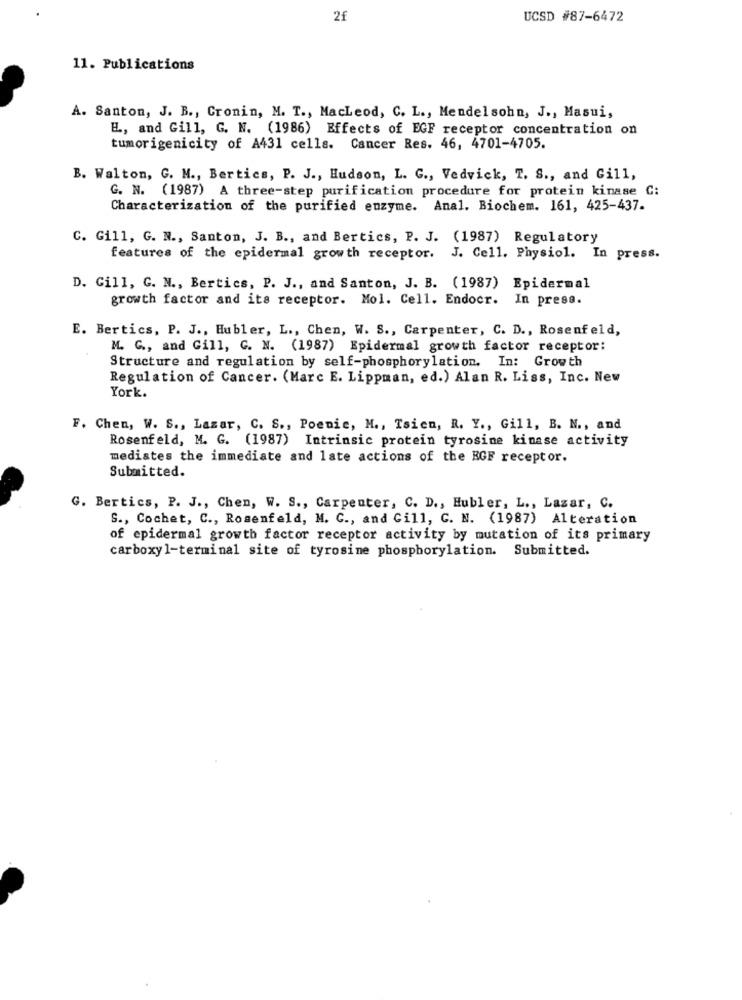
2f
UCSD #87-6472
11. Publications
A. Santon, J. B ., Cronin, M. T ., Macleod, C. L ., Mendelsohn, J ., Masui,
E, and Gill, G. N. (1986) Effects of EGF receptor concentration on
tumorigenicity of A431 cells. Cancer Res. 46, 4701-4705.
B. Walton, G. M ., Bertics, P. J ., Hudson, L. G ., Vedvick, T. S ., and Gill,
G. N. (1987) A three-step purification procedure for protein kinase C:
Characterization of the purified enzyme. Anal. Biochem. 161, 425-437.
C. Gill, G. N ., Santon, J. B ., and Bertics, P. J. (1987) Regulatory
features of the epidermal growth receptor. J. Cell. Physiol. In press.
D. Gill, G. N ., Bertics, P. J ., and Santon, J. B. (1987) Epidermal
growth factor and its receptor. Mol. Cell. Endocr. In press.
E. Bertics, P. J ., Hubler, L ., Chen, W. S ., Carpenter, C. D ., Rosenfeld,
M. G ., and Gill, C. N. (1987) Epidermal growth factor receptor:
Structure and regulation by self-phosphorylation. In: Growth
Regulation of Cancer. (Marc E. Lippman, ed.) Alan R. Liss, Inc. New
York.
F. Chen, W. S ., Lazar, C. S ., Poenie, M ., Tsien, R. Y ., Gill, B. N ., and
Rosenfeld, M. G. (1987) Intrinsic protein tyrosine kinase activity
mediates the immediate and late actions of the RGF receptor.
Submitted.
G. Bertics, P. J ., Chen, W. S ., Carpenter, C. D ., Hubler, L ., Lazar, C.
S ., Cochet, C ., Rosenfeld, M. C ., and Gill, C. N. (1987) Alteration
of epidermal growth factor receptor activity by mutation of its primary
carboxyl-terminal site of tyrosine phosphorylation. Submitted.